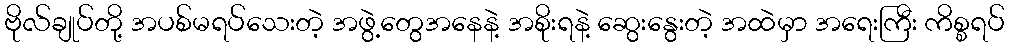
ဗိုလ်ချုပ်တို့ အပစ်မရပ်သေးတဲ့ အဖွဲ့တွေအနေနဲ့ အစိုးရနဲ့ ဆွေးနွေးတဲ့ အထဲမှာ အရေးကြီး ကိစ္စရပ်